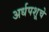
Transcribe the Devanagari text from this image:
अर्धपशूचे